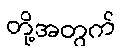
တို့အတွက်